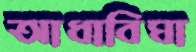
আধাবিঘা